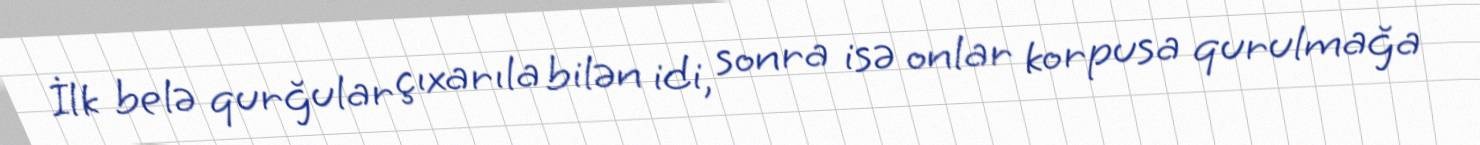
İlk belə qurğular çıxarıla bilən idi, sonra isə onlar korpusa qurulmağa